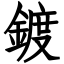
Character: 鍍